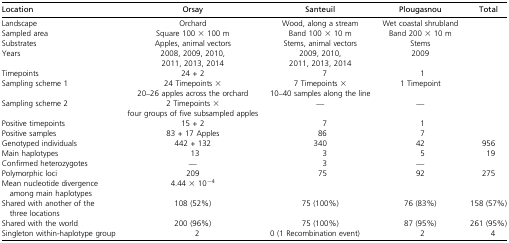
<table><thead><tr><td><b>Location</b></td><td><b>Orsay</b></td><td><b>Santeuil</b></td><td><b>Plougasnou</b></td><td><b>Total</b></td></tr></thead><tbody><tr><td>Landscape</td><td>Orchard</td><td>Wood, along a stream</td><td>Wet coastal shrubland</td><td></td></tr><tr><td>Sampled area</td><td>Square 100 × 100 m</td><td>Band 100 × 10 m</td><td>Band 200 × 10 m</td><td></td></tr><tr><td>Substrates</td><td>Apples, animal vectors</td><td>Stems, animal vectors</td><td>Stems</td><td></td></tr><tr><td rowspan="2">Years</td><td>2008, 2009, 2010,</td><td>2009, 2010,</td><td rowspan="2">2009</td><td rowspan="2"></td></tr><tr><td>2011, 2013, 2014</td><td>2011, 2013, 2014</td></tr><tr><td>Timepoints</td><td>24 + 2</td><td>7</td><td>1</td><td></td></tr><tr><td rowspan="2">Sampling scheme 1</td><td>24 Timepoints ×</td><td>7 Timepoints ×</td><td rowspan="2">1 Timepoint</td><td rowspan="2"></td></tr><tr><td>20–26 apples across the orchard</td><td>10–40 samples along the line</td></tr><tr><td rowspan="2">Sampling scheme 2</td><td>2 Timepoints ×</td><td rowspan="2">—</td><td rowspan="2">—</td><td rowspan="2"></td></tr><tr><td>four groups of five subsampled apples</td></tr><tr><td>Positive timepoints</td><td>15 + 2</td><td>7</td><td>1</td><td></td></tr><tr><td>Positive samples</td><td>83 + 17 Apples</td><td>86</td><td>7</td><td></td></tr><tr><td>Genotyped individuals</td><td>442 + 132</td><td>340</td><td>42</td><td>956</td></tr><tr><td>Main haplotypes</td><td>13</td><td>3</td><td>5</td><td>19</td></tr><tr><td>Confirmed heterozygotes</td><td>—</td><td>3</td><td>—</td><td></td></tr><tr><td>Polymorphic loci</td><td>209</td><td>75</td><td>92</td><td>275</td></tr><tr><td>Mean nucleotide divergence among main haplotypes</td><td>4.44 × 10<sup>−4</sup></td><td></td><td></td><td></td></tr><tr><td>Shared with another of the three locations</td><td>108 (52%)</td><td>75 (100%)</td><td>76 (83%)</td><td>158 (57%)</td></tr><tr><td>Shared with the world</td><td>200 (96%)</td><td>75 (100%)</td><td>87 (95%)</td><td>261 (95%)</td></tr><tr><td>Singleton within-haplotype group</td><td>2</td><td>0 (1 Recombination event)</td><td>2</td><td>4</td></tr></tbody></table>